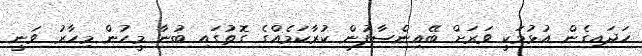
ހަދައިގެން އުޅުމަކީ ވަރަށް ބޭއިންސާފުން ކުރާކަމެއްގެ ގޮތުގައި ބުނާ މީހުން މިހާރު ވަނީ